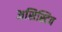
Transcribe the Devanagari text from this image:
असिस्टिव